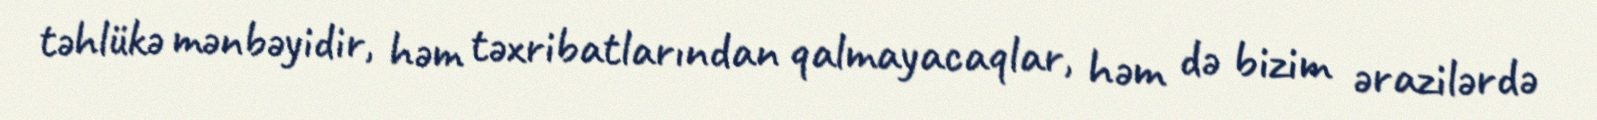
təhlükə mənbəyidir, həm təxribatlarından qalmayacaqlar, həm də bizim ərazilərdə